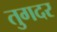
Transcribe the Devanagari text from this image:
तुगदर